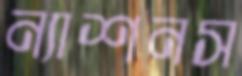
ন্যাশনস